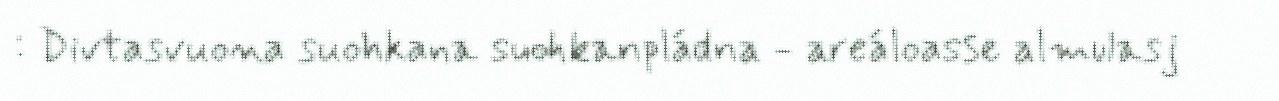
: Divtasvuona suohkana suohkanpládna - areáloasse almulasj